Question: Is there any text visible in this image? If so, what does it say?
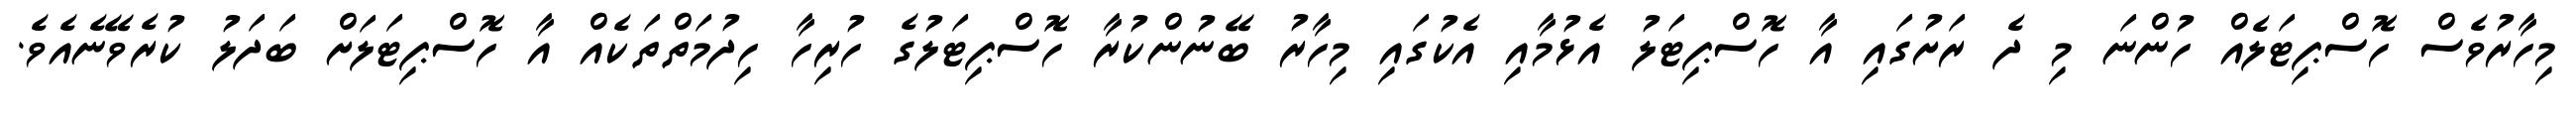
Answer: މިހާރުވެސް ހޮސްޕިޓަލެއް ހުންނަ މި ދެ ރަށުގައި އާ ހޮސްޕިޓަލު އެޅުމާއި އެކުގައި މިހާރު ބޭނުންކުރާ ހޮސްޕިޓަލުގެ ހުރިހާ ހިދުމަތްތަކެއް އާ ހޮސްޕިޓަލަށް ބަދަލު ކުރެވޭނެއެވެ.